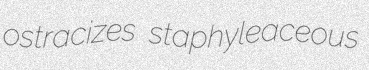
ostracizes staphyleaceous